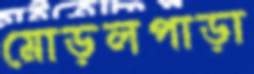
মোড়লপাড়া